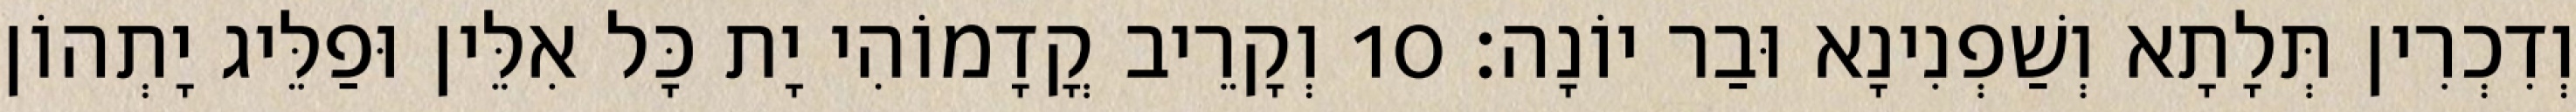
וְדִכְרִין תְּלָתָא וְשַׁפְנִינָא וּבַר יוֹנָה׃ 10 וְקָרֵיב קֳדָמוֹהִי יָת כָּל אִלֵּין וּפַלֵּיג יָתְהוֹן